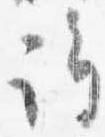
許